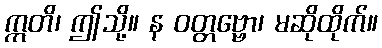
ဣတိ၊ ဤသို့။ န ဝတ္တဗ္ဗော၊ မဆိုထိုက်။